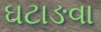
ઘટાઙવા